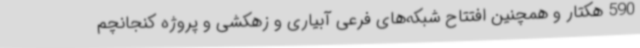
590 هکتار و همچنین افتتاح شبکه‌های فرعی آبیاری و زهکشی و پروژه کنجانچم